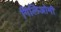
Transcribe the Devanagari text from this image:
गिलिओमी